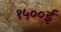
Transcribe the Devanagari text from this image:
१५००ई